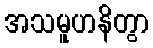
အသမူဟနိတွာ